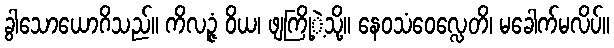
ခွါသောယောဂိသည်။ ကိလဉ္ဇံ ဝိယ၊ ဖျကြို့ဲ့သို့။ နေဝသံဝေလ္လေတိ၊ မခေါက်မလိပ်။